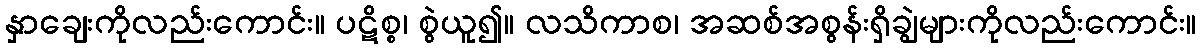
နှာချေးကိုလည်းကောင်း။ ပဋိစ္စ၊ စွဲယူ၍။ လသိကာစ၊ အဆစ်အစွန်းရှိချွဲများကိုလည်းကောင်း။